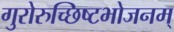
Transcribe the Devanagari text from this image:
गुरोरुच्छिष्टभोजनम्